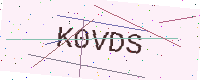
Text: K0VDS